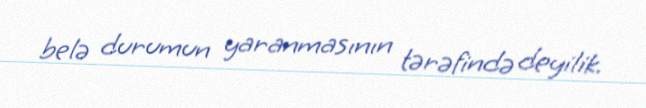
belə durumun yaranmasının tərəfində deyilik.